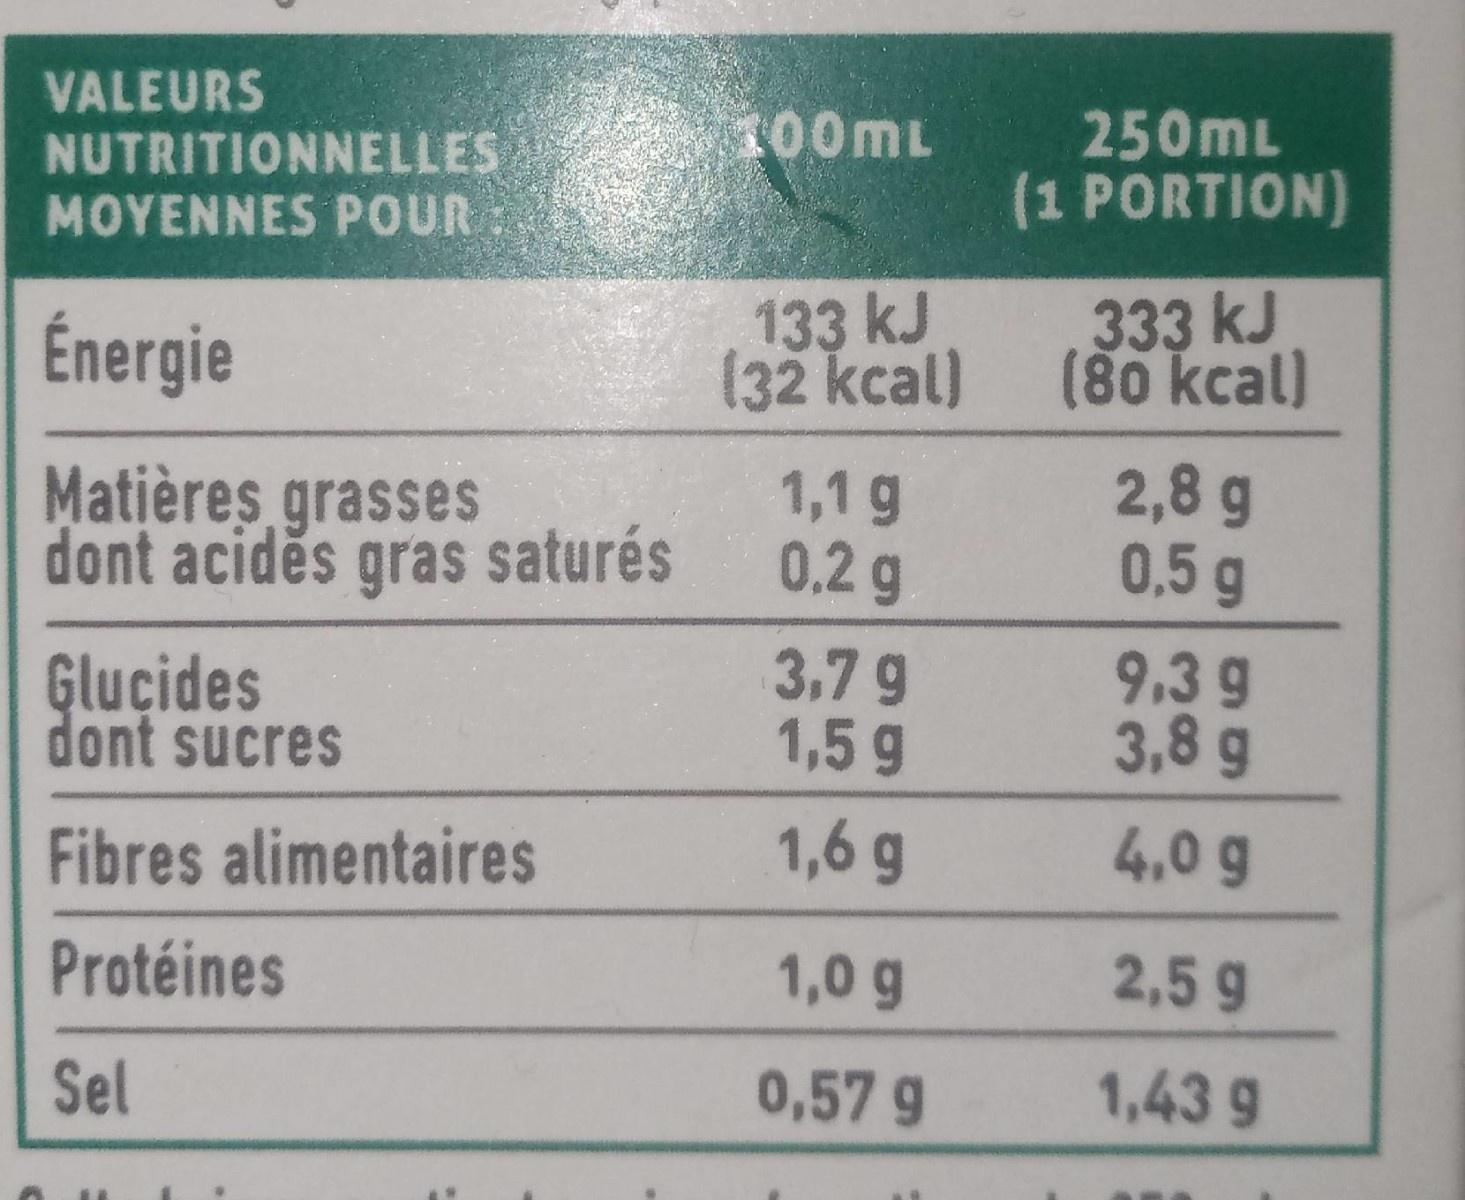
VALEURS NUTRITIONNELLES MOYENNES POUR
100mL
250mL (1 PORTION)
Énergie
133 kJ (32 kcal)
333 kJ (80 kcal)
Matières grasses dont aciděs gras saturés
1,1 g 0.2 g
2,8 g 0,5 g
Glucides dont sucres
3,79 1,5 g
9.39 3,8g
Fibres alimentaires
1,6 g
4,0 g
Protéines
1,0 g
2,5 9
Sel
0,57 g
1,43 9